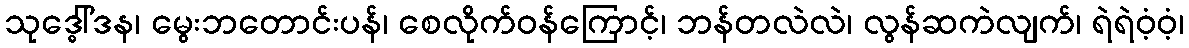
သုဒ္ဓေါ်ဒန၊ မွေးဘတောင်းပန်၊ စေလိုက်ဝန်ကြောင့်၊ ဘန်တလဲလဲ၊ လွန်ဆကဲလျက်၊ ရဲရဲဝံ့ဝံ့၊